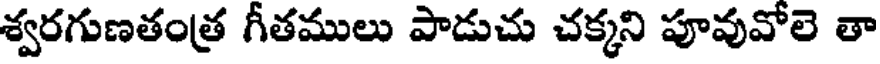
శ్వరగుణతంత్ర గీతములు పాడుచు చక్కని పూవువోలె తా